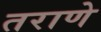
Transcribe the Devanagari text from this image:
तराणे